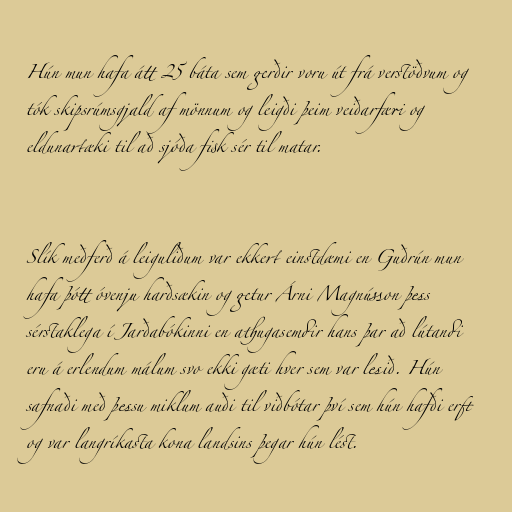
Hún mun hafa átt 25 báta sem gerðir voru út frá verstöðvum og
tók skipsrúmsgjald af mönnum og leigði þeim veiðarfæri og
eldunartæki til að sjóða fisk sér til matar.

Slík meðferð á leiguliðum var ekkert einstdæmi en Guðrún mun
hafa þótt óvenju harðsækin og getur Árni Magnússon þess
sérstaklega í Jarðabókinni en athugasemdir hans þar að lútandi
eru á erlendum málum svo ekki gæti hver sem var lesið. Hún
safnaði með þessu miklum auði til viðbótar því sem hún hafði erft
og var langríkasta kona landsins þegar hún lést.